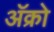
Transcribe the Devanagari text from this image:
अॅक्रो